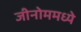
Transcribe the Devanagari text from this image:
जीनोममध्ये